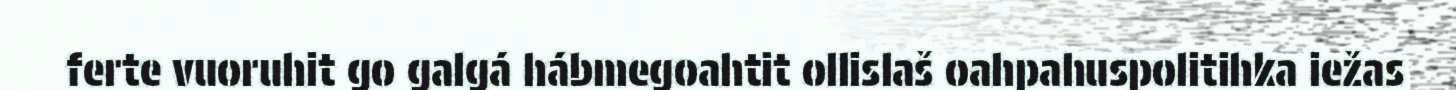
ferte vuoruhit go galgá hábmegoahtit ollislaš oahpahuspolitihka iežas